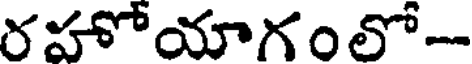
రహోయాగంలో-